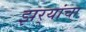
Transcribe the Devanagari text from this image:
झर्‍यांचा